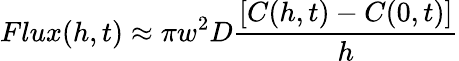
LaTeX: Flux(h,t)\approx\pi w^{2}D\frac{\left[C(h,t)-C(0,t)\right]}{h}